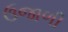
ઉજાળી